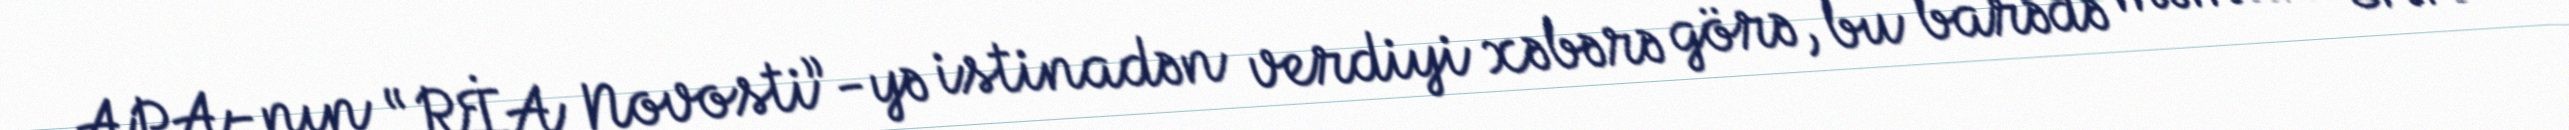
APA-nın “RİA Novosti”-yə istinadən verdiyi xəbərə görə, bu barədə məmur CNN